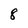
Character: 8